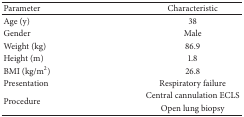
<table><thead><tr><td><b>Parameter</b></td><td><b>Characteristic</b></td></tr></thead><tbody><tr><td>Age (y)</td><td>38</td></tr><tr><td>Gender</td><td>Male</td></tr><tr><td>Weight (kg)</td><td>86.9</td></tr><tr><td>Height (m)</td><td>1.8</td></tr><tr><td>BMI (kg/m<sup>2</sup>)</td><td>26.8</td></tr><tr><td>Presentation</td><td>Respiratory failure</td></tr><tr><td rowspan="2">Procedure</td><td>Central cannulation ECLS</td></tr><tr><td>Open lung biopsy</td></tr></tbody></table>